Medical and sanitary report of the native army of Madras for the year
Year: 1878
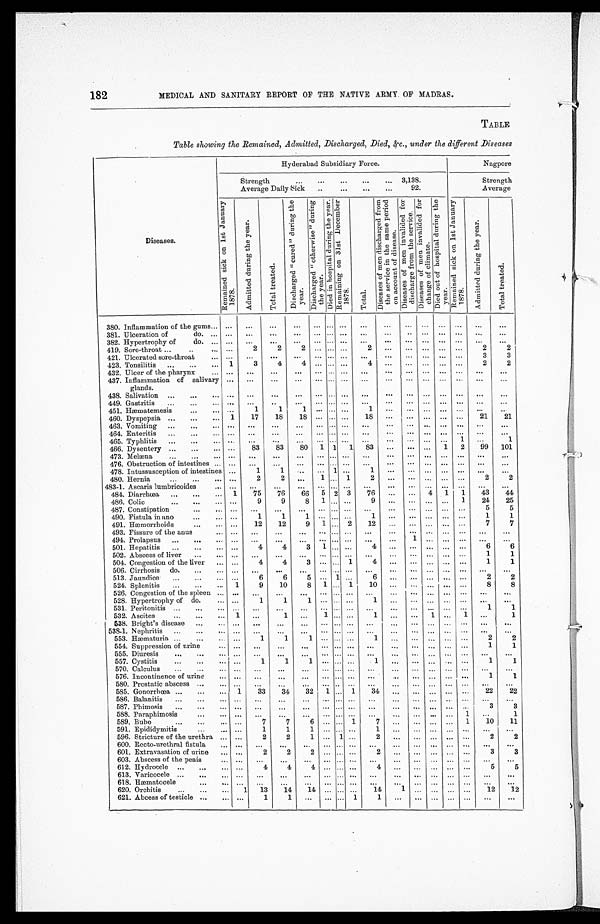
182
MEDICAL AND SANITARY REPORT OF THE NATIVE ARMY OF MADRAS.
TABLE
Table showing the Remained, Admitted, Discharged, Died,&c., under the different Diseases
Diseases.
Hyderabad Subsidiary Force.
Nagpore
Strength . . . 3,138.
Strength
Average Daily Sick . . . 92.
Average
R e m a i n e d s i c k o n 1 s t J a n u a r y 1 8 7 8 .
A d m i t t e d d u r i n g t h e y e a r .
T o t a l t r e a t e d .
D i s c h a r g e d " c u r e d " d u r i n g t h e y e a r .
D i s c h a r g e d " o t h e r w i s e " d u r i n g t h e y e a r .
D i e d i n h o s p i t a l d u r i n g t h e y e a r .
R e m a i n i n g o n 3 1 s t D e c e m b e r 1 8 7 8 .
T o t a l .
D i s e a s e s o f m e n d i s c h a r g e d f r o m t h e s e r v i c e i n t h e s a m e p e r i o d o n a c c o u n t o f d i s e a s e .
D i s e a s e s o f m e n i n v a l i d e d f o r d i s c h a r g e f r o m t h e s e r v i c e .
D i s e a s e s o f m e n i n v a l i d e d f o r c h a n g e o f c l i m a t e .
D i e d o u t o f h o s p i t a l d u r i n g t h e y e a r .
R e m a i n e d s i c k o n 1 s t J a n u a r y 1 8 7 8 .
A d m i t t e d d u r i n g t h e y e a r .
T o t a l T r e a t e d .
380. Inflammation of the gums . . .
. . .
. . .
. . .
. . .
. . . . . .. . . . . .
. . .
. . .
. . .
. . .
. . . . . .
. . .
381. Ulceration of do. . . .
. . .
. . .
. . . . . .
. . . . . .
. . .
. . .
. . .
. . .
. . .
. . .
. . .
. . . . . .
382. Hypertrophy of do. . . .
. . .
. . .
. . .
. . .
. . . . . .
. . .
. . .
. . .
. . .
. . .
. . .
. . .
. . . . . .
419. Sore-throat . . .
. . .
2
2
2 . . . . . .
. . .
2
. . .
. . .
. . . . . .
. . .
2
2
421. Ulcerated sore-throat . . .
. . .
. . .
. . .
. . .
. . . . . .
. . .
. . .
. . .
. . .
. . .
. . .
. . .
3
3
423. Tonsilitis . . . 1
3
4
4 . . . . . .
. . .
4
. . .
. . .
. . .
. . .
. . .
2
2
432. Ulcer of the pharynx . . .
. . .
. . .
. . .
. . .
. . . . . .
. . .
. . .
. . . . . .
. . .
. . .
. . .
. . .
. . .
437. Inflammation of salivary
glands.
. . .
. . .
. . .
. . .
. . . . . .. . .
. . .
. . . . . .
. . .
. . .
. . .
. . .
. . .
438. Salivation . . .
. . .
. . .
. . .
. . .
. . . . . .
. . .
. . .
. . .
. . .
. . .
. . .
. . .
. . .
. . .
449. Gastritis . . . . . .
. . .
. . . . . .
. . . . . .
. . .
. . .
. . .
. . .
. . .
. . .
. . .
. . .
. . .
451. Hæmat emesi s . . .
. . .
1
1
1
. . .
. . .
. . .
1
. . .
. . .
. . .
. . .
. . .
. . .
. . .
460. Dyspepsia . . . 1
17
18
18
. . .
. . . . . .
18
. . .
. . .
. . .
. . .
. . .
21
21
463. Vomiting . . .
. . .
. . .
. . .
. . .
. . . . . .
. . .
. . .
. . .
. . . . . .
. . .
. . .
. . .
. . .
464. Enteritis . . .
. . .
. . . . . .
. . .
. . . . . .
. . .
. . .
. . .
. . .
. . .
. . .
. . .
. . .
. . .
465. Typhlitis . . .
. . .
. . . . . .
. . .
. . . . . .
. . .
. . .
. . .
. . .
. . .
. . . 1
. . .
1
466. Dysentery . . .
. . .
83
83
80
1 1
1
83
. . .
. . .
. . . 1
2
99
101
473. Melæna . . .
. . .
. . .
. . .
. . .
. . . . . .
. . .
. . .
. . .
. . .
. . .
. . .
. . .
. . .
. . .
476. Obstruction of intestines . . .
. . .
. . .
. . .
. . .
. . .
. . . . . . . . .
. . .
. . .
. . .
. . .
. . .
. . .
. . .
478. Intussusception of intestines
. . .
1
1
. . .
. . . 1
. . .
1
. . .
. . .
. . .
. . .
. . . . . .
. . .
480. Hernia . . .
. . .
2
2
. . . 1
. . . 1
2
. . .
. . .
. . .
. . .
. . .
2
2
483-1. Ascaris lumbricoides . . .
. . .
. . .
. . .
. . .
. . . . . .
. . .
. . .
. . .
. . .
. . .
. . .
. . .
. . . . . .
484. Diarrhœa . . . 1
75
76
66
5 2 3
76
. . .
. . . 4
1
1
43
44
486. Colic
. . . . . .
9
9
8
1
. . .
. . .
9
. . .
. . .
. . .
. . .
1
24
25
487. Constipation . . . . . .
. . .
. . .
. . .
. . .
. . . . . .
. . .
. . .
. . .
. . .
. . .
. . .
5
5
490. Fistula in ano . . .
. . .
1
1
1
. . . . . .
. . .
1
. . .
. . .
. . .
. . .
. . .
1
1
491. Hmmorrhoids . . .
. . .
12
12
9
1
. . . 2
12
. . .
. . .
. . .
. . .
. . .
7
7
493. Fissure of the anus . . .
. . .
. . .
. . .
. . .
. . . . . . . . .
. . .
. . .
. . .
. . .
. . .
. . .
. . .
. . .
494. Prolapsus . . .
. . .
. . .
. . .
. . .
. . .
. . . . . .
. . .
. . .
1
. . .
. . .
. . .
. . .
. . .
501. Hepatitis . . .
. . .
4
4
3
1
. . .
. . .
4
. . .
. . .
. . .
. . .
. . .
6
6
502. Abscess of liver . . .
. . .
. . .
. . .
. . . . . .
. . . . . .
. . .
. . .
. . .
. . .
. . .
. . .
1
1
504. Congestion of the liver . . .
. . .
4
4
3
. . .
. . . 1
4
. . .
. . .
. . .
. . .
. . .
1
1
506. Cirrhosis do. . . .
. . .
. . .
. . .
. . .
. . . . . .
. . .
. . .
. . .
. . .
. . .
. . .
. . .
. . .
. . .
513. Jaundice . . .
. . .
6
6
5
. . .
1
. . .
6
. . .
. . .
. . .
. . .
. . .
2
2
524. Splenitis . . .
1
9
10
8
1
. . . 1
10
. . .
. . . . . .
. . .
. . .
8
8
526. Congestion of the spleen . . .
. . .
. . .
. . .
. . .
. . .
. . . . . .
. . .
. . .
. . .
. . .
. . .
. . .
. . .
. . .
528. Hypertrophy of do. . . .
. . .
1
1 1
. . . . . .
. . .
1
. . .
. . .
. . .
. . .
. . .
. . .
. . .
531. Peritonitis . . .
. . .
. . .
. . .
. . .
. . . . . .
. . .
. . .
. . .
. . .
. . .
. . .
. . .
1
1
532. Ascites
. . . 1 . . .
1
. . . 1
. . .
. . .
1
. . .
. . . 1
. . . 1
. . .
1
538. Bright's disease . . .
. . .
. . .
. . .
. . .
. . . . . .
. . .
. . .
. . .
. . .
. . .
. . .
. . .
. . .
. . .
538-1. Nephritis . . .
. . .
. . .
. . .
. . .
. . . . . .
. . .
. . .
. . .
. . .
. . .
. . .
. . .
. . .
. . .
553. Hæmaturia . . .
. . .
1
1
1
. . . . . .
. . .
1
. . .
. . .
. . .
. . .
. . .
2
2
554. Suppression of urine . . .
. . .
. . .
. . .
. . .
. . . . . .. . .
. . .
. . . . . .
. . .
. . .
. . .
1
1
555. Diuresis . . .
. . .
. . .
. . .
. . .
. . . . . .. . .
. . .
. . .
. . .
. . .
. . .
. . .
. . .
. . .
557 Cystitis . . . . . .
1
1
1 . . .
. . .
. . .
1
. . .
. . .
. . .
. . . . . .
1
1
570. Calculus . . .
. . . . . .
. . .
. . .
. . .
. . . . . .
. . .
. . .
. . .
. . .
. . .
. . .
. . .
. . .
576. Incontinence of urine . . .
. . .
. . .
. . .
. . .
. . .
. . . . . .
. . .
. . .
. . .
. . .
. . .
. . .
1
1
580. Prostatic abscess . . .
. . .
. . .
. . .
. . .
. . .
. . . . . .
. . .
. . .
. . .
. . .
. . .
. . .
. . .
. . .
585. Gonorhœa . . .
1
33
34
32
1
. . . 1
34
. . .
. . .
. . .
. . . . . .
22
22
586. Balanitis . . .
. . .
. . .
. . .
. . . . . .
. . .
. . .
. . .
. . .
. . .
. . .
. . .
. . .
. . .
. . .
587. Phimosis . . .
. . .
. . .
. . .
. . .
. . . . . .
. . .
. . .
. . .
. . .
. . .
. . .
. . .
3
3
588. Paraphimosis . . .
. . .
. . .
. . .
. . .
. . . . . .
. . .
. . .
. . .
. . . . . .
. . .
1
. . .
1
589. Bubo . . .
. . .
7
7
6
. . . . . . 1
7
. . .
. . .
. . .
. . . 1
10
11
591. Epididymitis . . .
. . .
1
1
1
. . . . . .
. . .
1
. . .
. . .
. . .
. . .
. . .
. . .
. . .
596. Stricture of the urethra . . .
. . .
2
2
1
. . . 1 . . .
2
. . .
. . .
. . .
. . .
. . .
2
2
600. Rccto-urethral fistula . . .
. . .
. . .
. . . . . .
. . .
. . .
. . .
. . .
. . .
. . .
. . .
. . .
. . .
. . .
. . .
601. Extravasation of urine . . .
. . .
2
2
2 . . .
. . .
. . .
2
. . .
. . .
. . .
. . .
. . .
3
3
603. Abscess of the penis . . .
.
. .
. . .
. . . . . .
. . . . . .
. . .
. . .
. . .
. . .
. . .
. . .
. . .
. . .
. . .
612. Hydrocele . . . . . .
4
4
4
. . .
. . . . . .
4
. . .
. . .
. . .
. . .
. . .
5
5
613. Varicocele . . . . . .
. . .
. . .
. . .
. . .
. . .
. . .
. . .
. . .
. . .
. . .
. . .
. . .
. . .
. . .
6 1 8 . H æ m a t o c e l e . . .
. . .
. . .
. . .
. . . . . .
. . . . . .
. . .
. . .
. . .
. . .
. . .
. . .
. . .
. . .
620. Orchitis . . .
1
1 3
14
14
. . .
. . . . . .
14
1
. . .
. . .
. . . . . .
12
12
621. Abcess of testicle . . . . . .
1
1
. . .
. . .
. . . 1
1
. . .
. . .
. . .
. . .
. . .
. . .
. . .